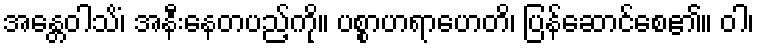
အန္တေဝါသိံ၊ အနီးနေတပည့်ကို။ ပစ္စာဟရာဟေတိ၊ ပြန်ဆောင်စေ၏။ ဝါ၊